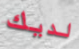
لديك